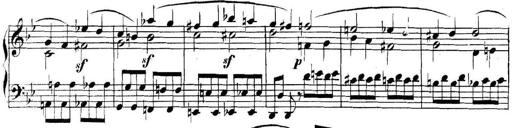
Title: Collected Piano Sonatas
Composer: Muzio Clementi